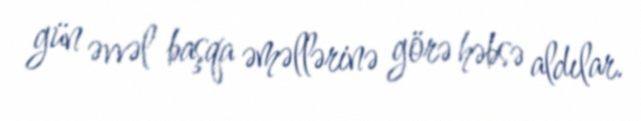
gün əvvəl başqa əməllərinə görə həbsə aldılar.